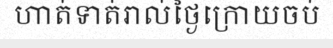
ហាត់ទាត់រាល់ថ្ងៃក្រោយចប់